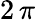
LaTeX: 2\, \pi